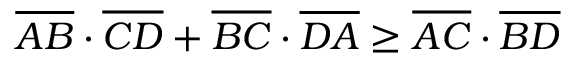
{ \overline { { A B } } } \cdot { \overline { { C D } } } + { \overline { { B C } } } \cdot { \overline { { D A } } } \geq { \overline { { A C } } } \cdot { \overline { { B D } } }